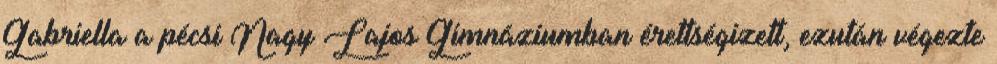
Gabriella a pécsi Nagy Lajos Gimnáziumban érettségizett, ezután végezte